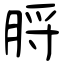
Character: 脟